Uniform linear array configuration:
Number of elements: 64
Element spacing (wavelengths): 0.5
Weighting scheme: exponential
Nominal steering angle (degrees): -45
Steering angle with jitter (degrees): -45.435
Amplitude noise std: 0.05
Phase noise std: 0.05

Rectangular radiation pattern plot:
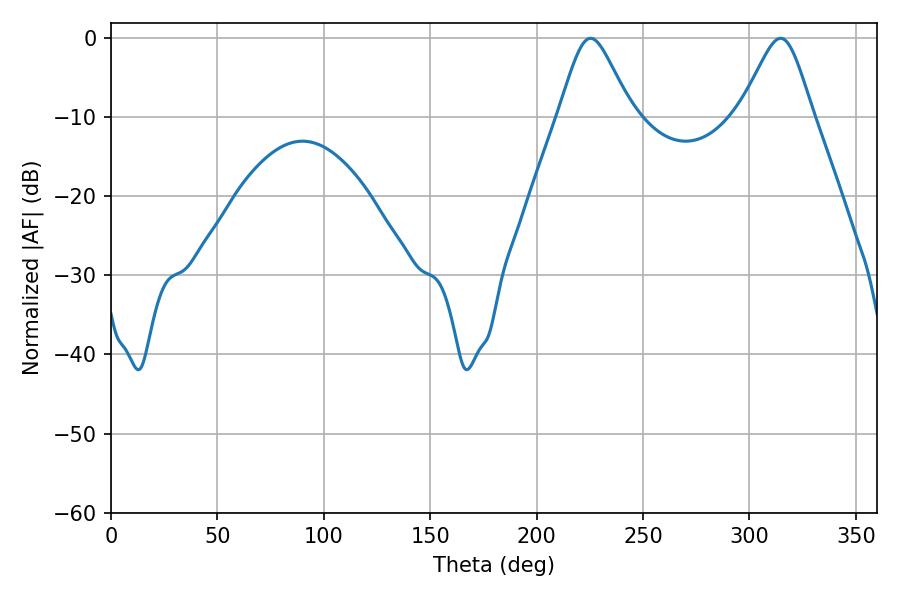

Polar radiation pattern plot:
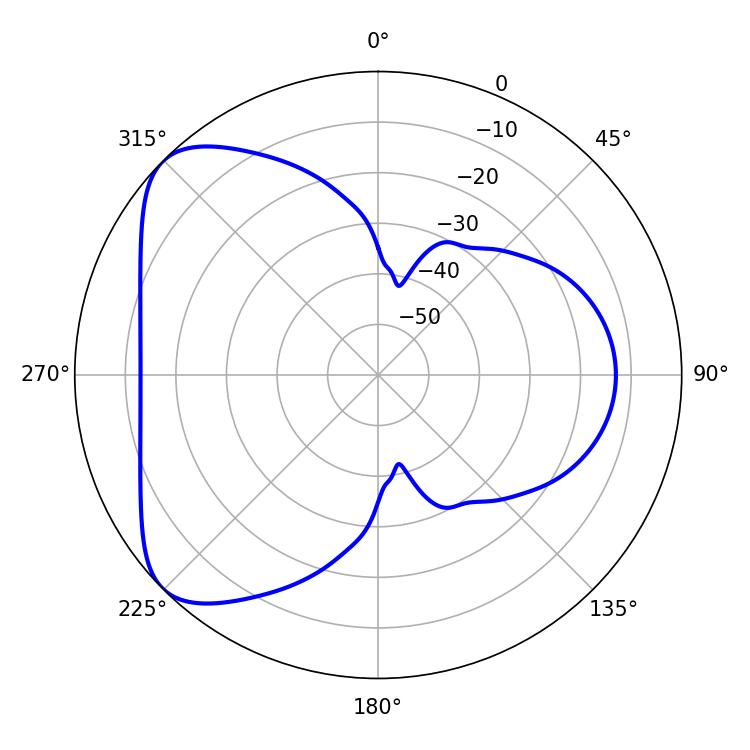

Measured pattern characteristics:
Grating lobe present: FALSE
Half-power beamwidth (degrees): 16.74
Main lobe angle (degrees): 225.36